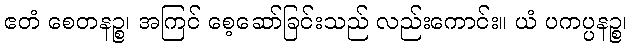
ဧတံ စေတနဉ္စ၊ အကြင် စေ့ဆော်ခြင်းသည် လည်းကောင်း။ ယံ ပကပ္ပနဉ္စ၊